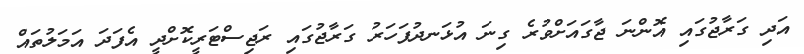
އަދި ގަރާޖުގައި އޮންނަ ޖާގައަށްވުރެ ގިނަ އުޅަނދުފަހަރު ގަރާޖުގައި ރަޖިސްޓަރީކޮށްދީ އެފަދަ އަމަލުތައް